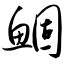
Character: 鲴